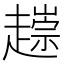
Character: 𧽧